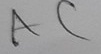
Text: AC